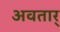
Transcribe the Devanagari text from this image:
अवतार्